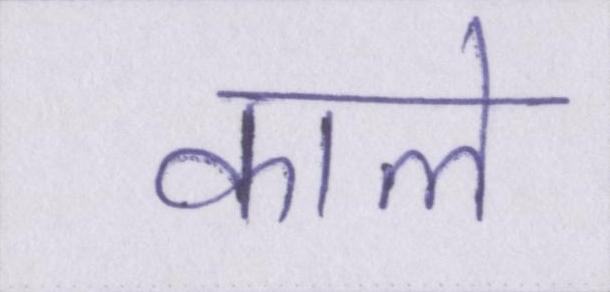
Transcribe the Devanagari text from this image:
काले